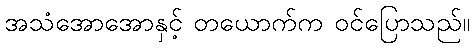
အသံအောအောနှင့် တယောက်က ဝင်ပြောသည်။